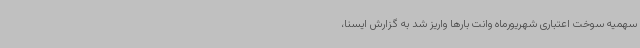
سهمیه سوخت اعتباری شهریورماه وانت بارها واریز شد به گزارش ایسنا،